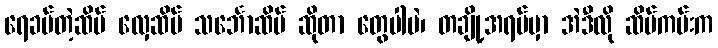
ရေခပ်တဲ့ဆိပ် လှေဆိပ် သင်္ဘောဆိပ် ဆိုတာ တွေပါပဲ၊ တချို့အရပ်မှာ အဲဒီလို ဆိပ်ကမ်းက